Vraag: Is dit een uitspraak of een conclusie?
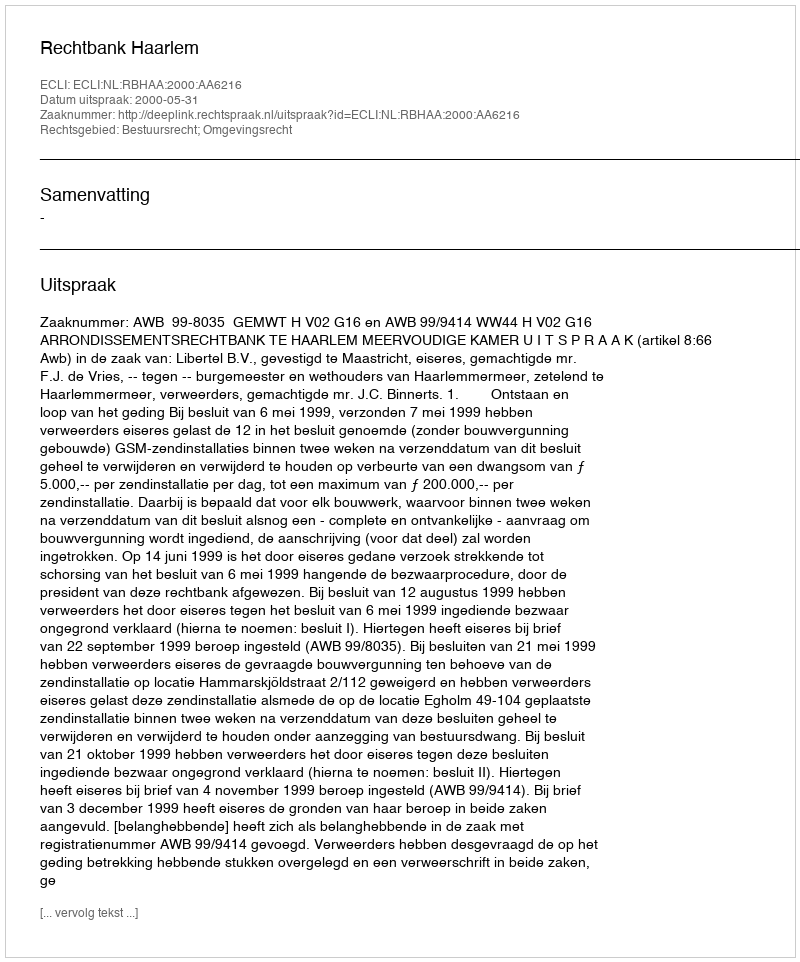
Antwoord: Uitspraak